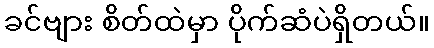
ခင်ဗျား စိတ်ထဲမှာ ပိုက်ဆံပဲရှိတယ်။